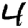
Digit: 4